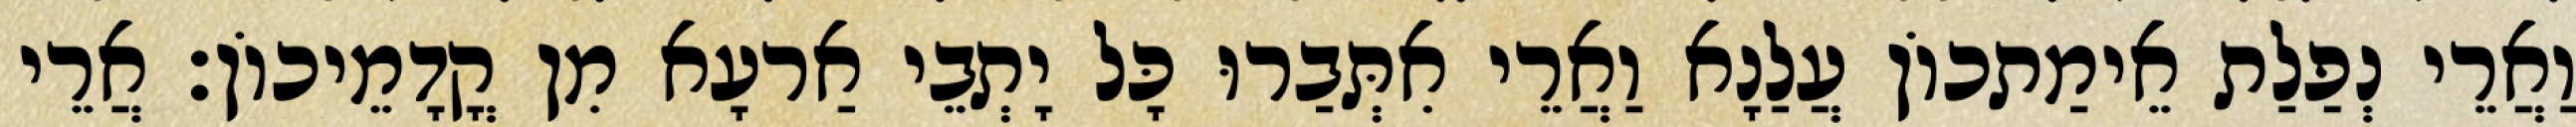
וַאֲרֵי נְפַלַת אֵימַתכוֹן עֲלַנָא וַאֲרֵי אִתְּבַרוּ כָּל יָתְבֵי אַרעָא מִן קֳדָמֵיכוֹן׃ אֲרֵי